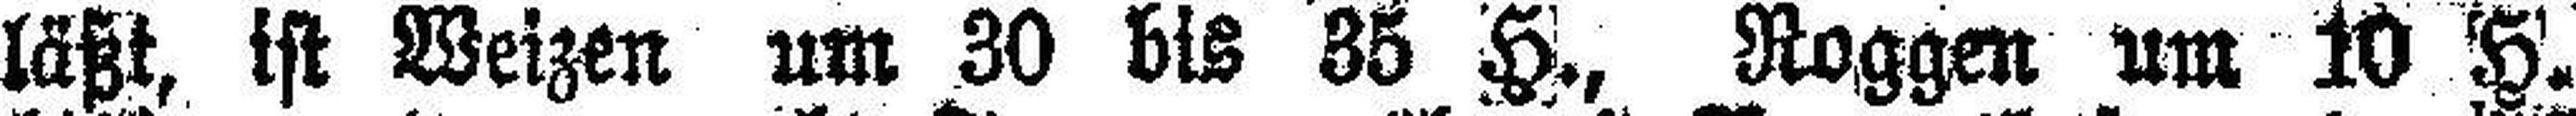
läßt, ist Weizen um 30 bis 35 H., Roggen um 10 H.